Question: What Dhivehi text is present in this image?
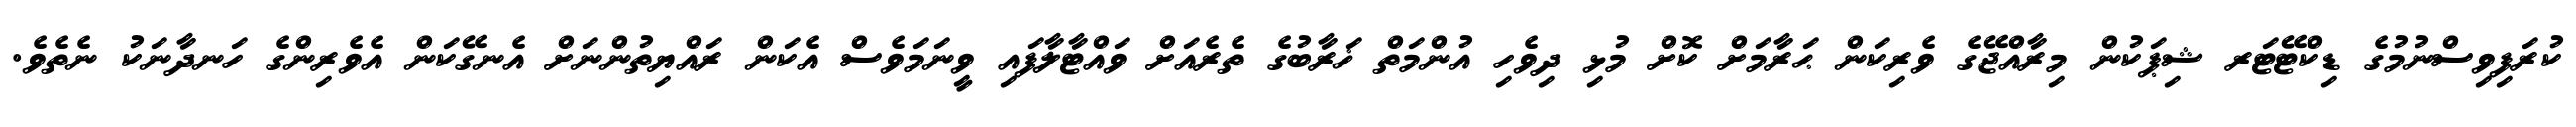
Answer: ކުރަފިވިސްނުމުގެ ޑިކްޓޭޓަރ ޝިޕަކުން މިރާއްޖޭގެ ވެރިކަން ޙަރާމަށް ކޮށް މުޅި ދިވެހި އުންމަތް ޚަރާބުގެ ތެރެއަށް ވައްޓާލާފައި ވީނަމަވެސް އެކަން ރައްޔިތުންނަށް އެނގޭކަން އެވެރިންގެ ހަނދާނަކު ނެތެވެ.